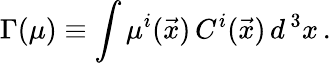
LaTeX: \Gamma(\mu)\equiv\int\mu^{i}(\vec{x})\, C^{i}(\vec{x})\, d^{\, 3}x\, .